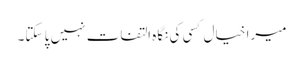
میرا خیال کسی کی نگاہ التفات نہیں پا سکتا۔